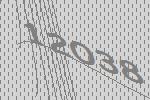
12038